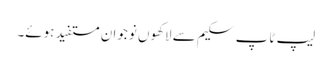
لیپ ٹاپ سکیم سے لاکھوں نوجوان مستفید ہوئے۔